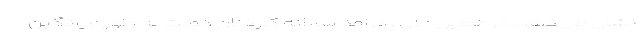
نشان می دهد. در همین حال ، درآمد سالانه کارکنان دولت به طور میانگین